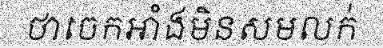
ថាចេកអាំងមិនសមលក់